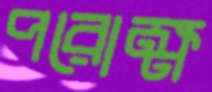
পরোক্ষ